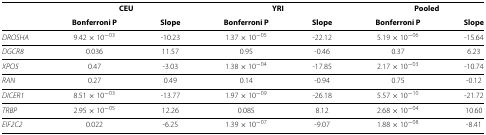
|  | <COLSPAN=2> CEU | <COLSPAN=2> YRI | <COLSPAN=2> Pooled |
 |  | Bonferroni P | Slope | Bonferroni P | Slope | Bonferroni P | Slope |
 | --- | --- | --- | --- | --- | --- | --- |
 | DROSHA | 9.42 × 10−03 | -10.23 | 1.37 × 10−05 | -22.12 | 5.19 × 10−06 | -15.64 |
 | DGCR8 | 0.036 | 11.57 | 0.95 | -0.46 | 0.37 | 6.23 |
 | XPO5 | 0.47 | -3.03 | 1.38 × 10−04 | -17.85 | 2.17 × 10−03 | -10.74 |
 | RAN | 0.27 | 0.49 | 0.14 | -0.94 | 0.75 | -0.12 |
 | DICER1 | 8.51 × 10−03 | -13.77 | 1.97 × 10−09 | -26.18 | 5.57 × 10−10 | -21.72 |
 | TRBP | 2.95 × 10−05 | 12.26 | 0.085 | 8.12 | 2.68 × 10−04 | 10.60 |
 | EIF2C2 | 0.022 | -6.25 | 1.39 × 10−07 | -9.07 | 1.88 × 10−08 | -8.41 |